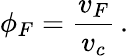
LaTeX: \phi_{F}=\frac{v_{F}}{v_{c}}\, .